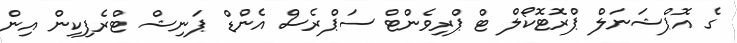
ގެ އޮޕްޝަނަލް ޕްރޮޓޮކޯލް ޓް ޕްރިވެންޓް ސަޕްރެސް އެންޑް ޕަނިޝް ޓްރެފިކިން އިން